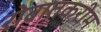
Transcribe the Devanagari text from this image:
रोबातकरीम